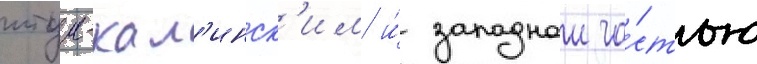
итум-кал'инск'им и́ западнои ча́стью